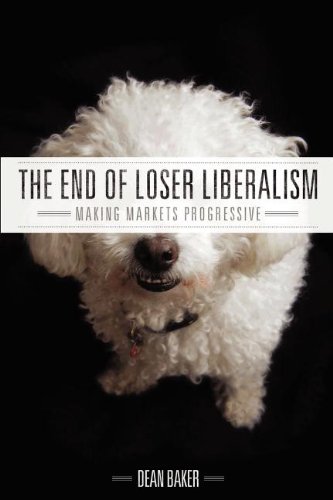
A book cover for The End of Loser Liberalism: Making Markets Progressive; Dean Baker; Business & Money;